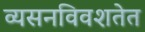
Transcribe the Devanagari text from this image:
व्यसनविवशतेत